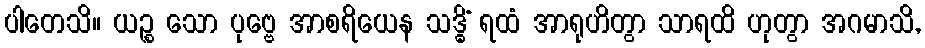
ပါတေသိ။ ယဉ္စ သော ပုဗ္ဗေ အာစရိယေန သဒ္ဓိံ ရထံ အာရုဟိတွာ သာရထိ ဟုတွာ အဂမာသိ,